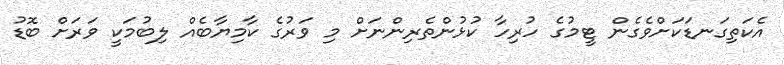
އެކަތިގަނޑަކަށްވެގެން ޓީމުގެ ހުރިހާ ކުޅުންތެރިންނަށް މި ވަރުގެ ކާމިޔާބެއް ލިބުމަކީ ވަރަށް ބޮޑު